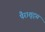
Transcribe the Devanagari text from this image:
पैराशूट्स